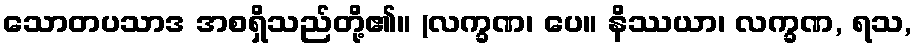
သောတပသာဒ အစရှိသည်တို့၏။ (လက္ခဏ၊ ပေ။ နိဿယာ၊ လက္ခဏ, ရသ,